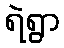
ရဲရွာ